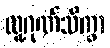
လူ့ဂုဏ်သိက္ခာ